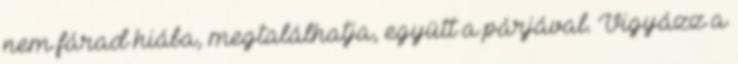
nem fárad hiába, megtalálhatja, együtt a párjával. Vigyázz a